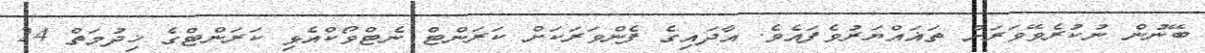
ބޭނުން ނުކުރެވޭވަރަށް ތަޣައްޔަރުވެފައެވެ. އާދައިގެ ފެންވަރަކަށް ކަރަންޓް ނެޓްވޯކްއެޅި ކަރަންޓްގެ ޚިދުމަތް 24